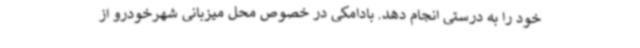
خود را به درستی انجام دهد. بادامکی در خصوص محل میزبانی شهرخودرو از